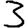
Digit: 3